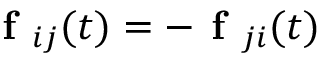
\textbf { f } _ { i j } ( t ) = - \textbf { f } _ { j i } ( t )